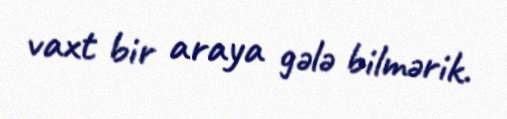
vaxt bir araya gələ bilmərik.